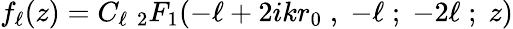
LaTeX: f_{\ell}(z)=C_{\ell}\; {}_{2}F_{1}(-\ell+2ikr_{0}\; ,\; -\ell\; ;\; -2\ell\; ;\; z)